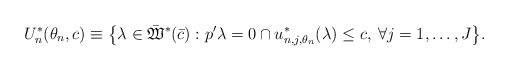
LaTeX: \begin{align*}U_n^*(\theta_n,c)\equiv\big\{\lambda\in \bar{\mathfrak{W}}^*(\bar{c}): p^\prime \lambda = 0 \cap u^*_{n,j,\theta_n}(\lambda)\le c, \: \forall j=1,\dots,J\big\}.\end{align*}